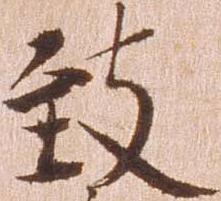
致